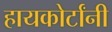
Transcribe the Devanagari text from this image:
हायकोर्टांनी